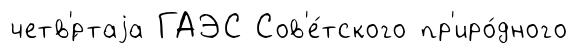
четв'́ртаjа ГАЭС Сов'е́тского пр'иро́дного